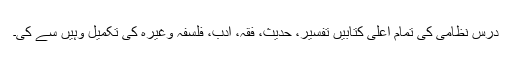
درسِ نظامی کی تمام اعلیٰ کتابیں تفسیر، حدیث، فقہ، ادب، فلسفہ وغیرہ کی تکمیل وہیں سے کی۔